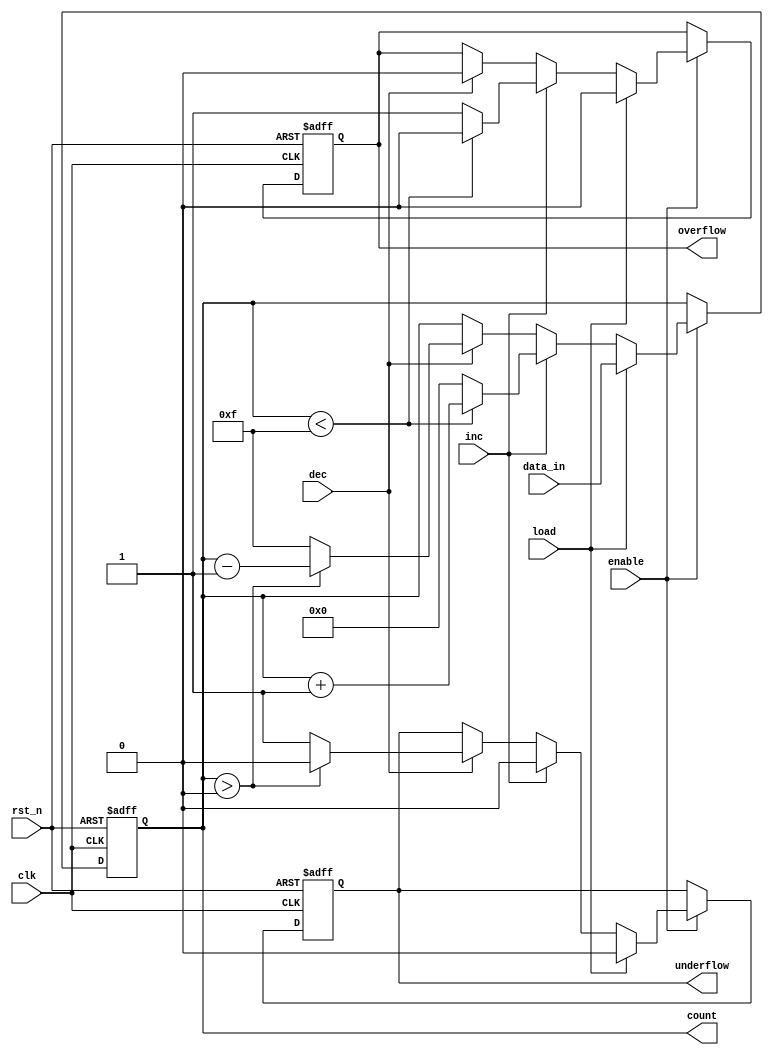
module synchronous_counter #(
    parameter WIDTH = 4,          // Width of the counter (number of bits)
    parameter MAX_COUNT = (1 << WIDTH) - 1 // Maximum count value (2^WIDTH - 1)
)(
    input wire clk,               // Clock input
    input wire rst_n,             // Asynchronous active-low reset
    input wire enable,            // Enable signal for counting
    input wire load,              // Load control signal
    input wire inc,               // Increment control signal
    input wire dec,               // Decrement control signal
    input wire [WIDTH-1:0] data_in,// Data input for loading
    output reg [WIDTH-1:0] count, // Current count value
    output reg overflow,          // Overflow flag
    output reg underflow          // Underflow flag
);

    // Asynchronous reset
    always @(posedge clk or negedge rst_n) begin
        if (!rst_n) begin
            count <= 0;            // Reset count to 0
            overflow <= 0;         // Clear overflow flag
            underflow <= 0;        // Clear underflow flag
        end else if (enable) begin
            if (load) begin
                count <= data_in;   // Load specific value into counter
                overflow <= 0;      // Clear overflow flag
                underflow <= 0;     // Clear underflow flag
            end else if (inc) begin
                if (count < MAX_COUNT) begin
                    count <= count + 1; // Increment count
                    overflow <= 0;      // Clear overflow flag
                end else begin
                    count <= 0;         // Wrap around to 0
                    overflow <= 1;      // Set overflow flag
                end
                underflow <= 0;         // Clear underflow flag
            end else if (dec) begin
                if (count > 0) begin
                    count <= count - 1; // Decrement count
                    underflow <= 0;      // Clear underflow flag
                end else begin
                    count <= MAX_COUNT;  // Wrap around to max value
                    underflow <= 1;      // Set underflow flag
                end
                overflow <= 0;          // Clear overflow flag
            end
        end
    end

endmodule